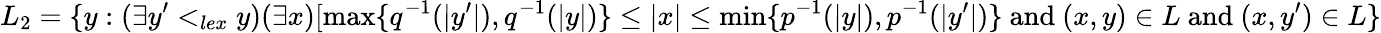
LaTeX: L_{2}=\{ y:(\exists y^{\prime}<_{lex}y)(\exists x)[\operatorname*{max}\{ q^{-1}(|y^{\prime}|),q^{-1}(|y|)\} \leq|x|\leq\operatorname*{min}\{ p^{-1}(|y|),p^{-1}(|y^{\prime}|)\} \mathrm{~and~}(x,y)\in L\mathrm{~and~}(x,y^{\prime})\in L\}